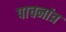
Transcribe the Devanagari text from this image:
पाचनांत्र